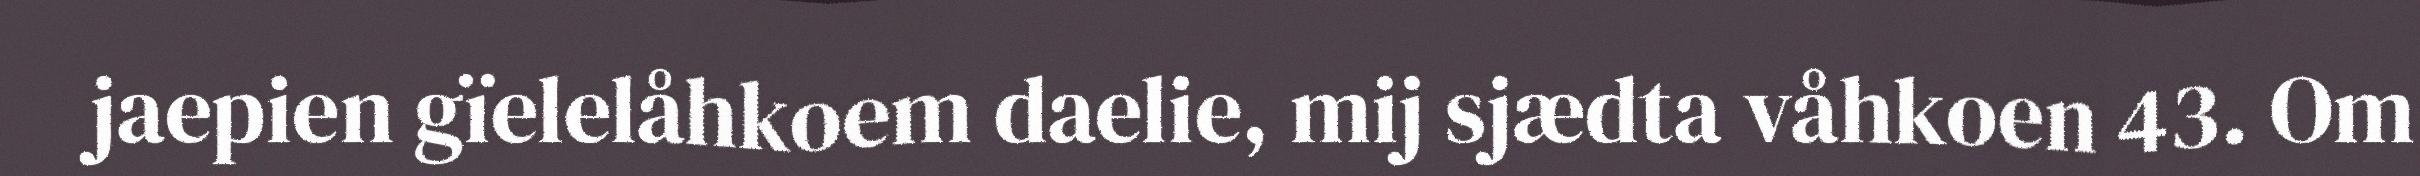
jaepien gïelelåhkoem daelie, mij sjædta våhkoen 43. Om